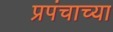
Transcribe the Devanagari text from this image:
प्रपंचाच्या